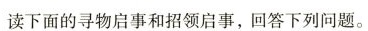
读下面的寻物启事和招领启事,回答下列问题